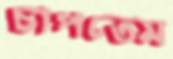
চাপতেম